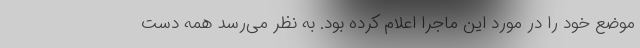
موضع خود را در مورد این ماجرا اعلام کرده بود. به نظر می‌رسد همه دست